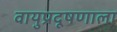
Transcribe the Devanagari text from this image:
वायुप्रदूषणाला